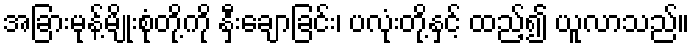
အခြားမုန့်မျိုးစုံတို့ကို နှီးချောခြင်း၊ ပလုံးတို့နှင့် ထည့်၍ ယူလာသည်။